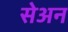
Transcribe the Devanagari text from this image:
सेअन